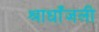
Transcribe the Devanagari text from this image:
श्राधाँजली